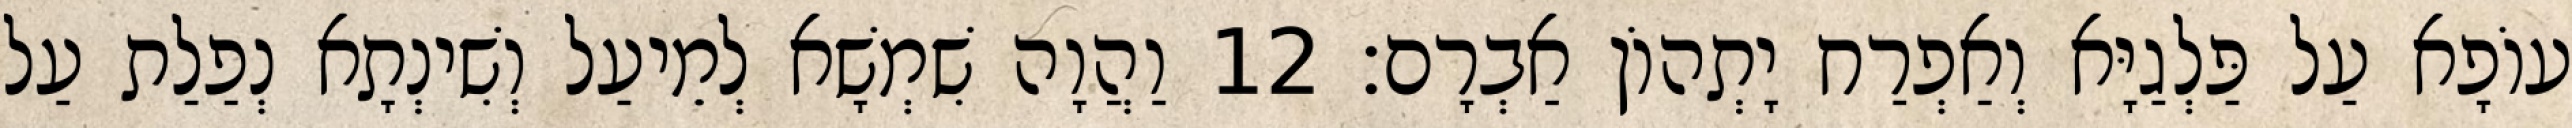
עוֹפָא עַל פַּלְגַיָּא וְאַפְרַח יָתְהוֹן אַבְרָם׃ 12 וַהֲוָה שִׁמְשָׁא לְמֵיעַל וְשִׁינְתָא נְפַלַת עַל